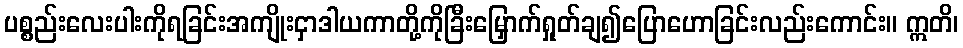
ပစ္စည်းလေးပါးကိုရခြင်းအကျိုးငှာဒါယကာတို့ကိုခြီးမြှောက်ရှုတ်ချ၍ပြောဟောခြင်းလည်းကောင်း။ ဣတိ၊